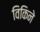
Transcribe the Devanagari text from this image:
विकिने